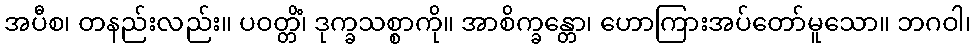
အပီစ၊ တနည်းလည်း။ ပဝတ္တိံ၊ ဒုက္ခသစ္စာကို။ အာစိက္ခန္တော၊ ဟောကြားအပ်တော်မူသော။ ဘဂဝါ၊